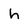
Character: h